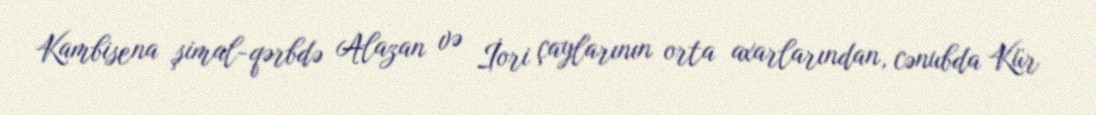
Kambisena şimal-qərbdə Alazan və İori çaylarının orta axarlarından, cənubda Kür